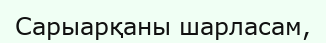
Сарыарқаны шарласам,